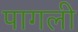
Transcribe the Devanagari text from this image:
पागली